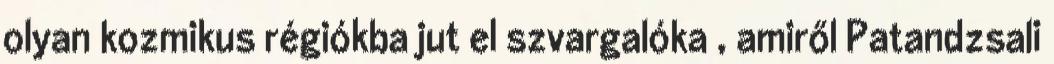
olyan kozmikus régiókba jut el szvargalóka , amiről Patandzsali